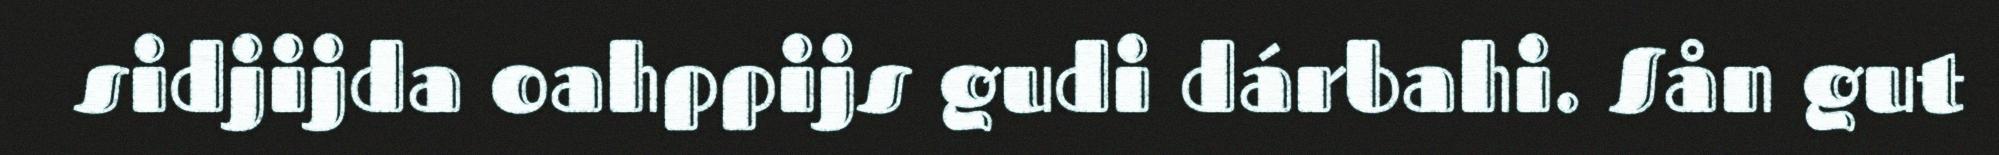
sidjijda oahppijs gudi dárbahi. Sån gut